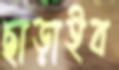
ছাড়াইব